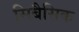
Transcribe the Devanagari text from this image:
सिबैसिक